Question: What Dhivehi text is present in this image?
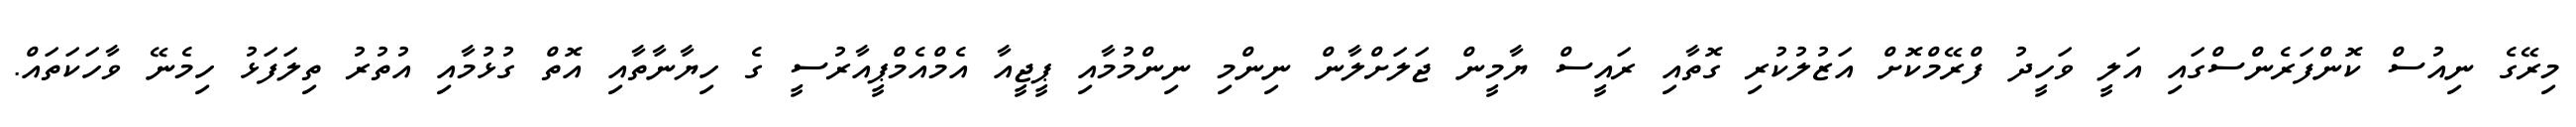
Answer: މިރޭގެ ނިއުސް ކޮންފަރެންސްގައި އަލީ ވަހީދު ފްރޭމްކޮށް އަޒުލުކުރި ގޮތާއި ރައީސް ޔާމީން ޖަލަށްލާން ނިންމި ނިންމުމާއި ޕީޖީއާ އެމްއެމްޕީއާރުސީ ގެ ހިޔާނާތާއި އޮތް ގުޅުމާއި އުތުރު ތިލަފަޅު ހިމެނޭ ވާހަކަތައް.